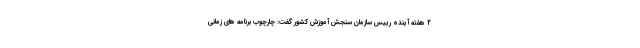
۲ هفته آینده رییس سازمان سنجش آموزش کشور گفت: چارچوب برنامه های زمانی